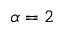
\alpha = 2